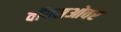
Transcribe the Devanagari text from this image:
वॉयसओवर